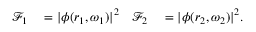
\begin{array} { r l r l } { \mathcal { F } _ { 1 } } & { { } = | \phi ( \boldsymbol { r } _ { 1 } , \omega _ { 1 } ) | ^ { 2 } } & { \mathcal { F } _ { 2 } } & { { } = | \phi ( \boldsymbol { r } _ { 2 } , \omega _ { 2 } ) | ^ { 2 } . } \end{array}